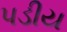
પડીય